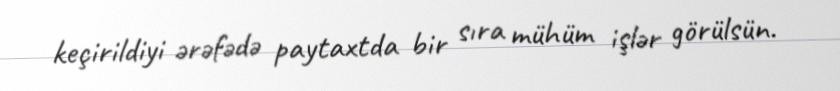
keçirildiyi ərəfədə paytaxtda bir sıra mühüm işlər görülsün.